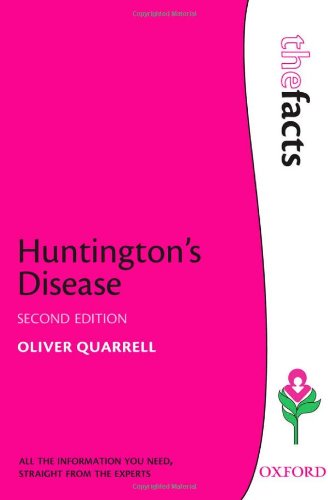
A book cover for Huntington's Disease (The Facts Series); Oliver W J Quarrell; Health, Fitness & Dieting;